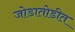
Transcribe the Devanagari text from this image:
जोडातोडीत